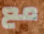
مع